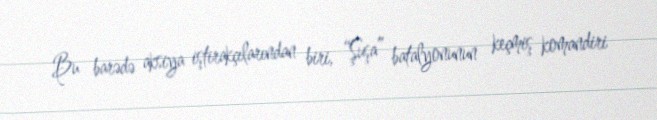
Bu barədə aksiya iştirakçılarından biri, “Şuşa” batalyonunun keçmiş komandiri